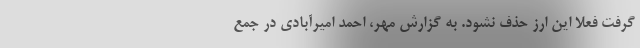
گرفت فعلاً این ارز حذف نشود. به گزارش مهر، احمد امیرآبادی در جمع